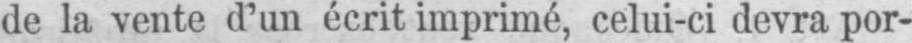
de la vente d’un écrit imprimé, celui-ci devra por-